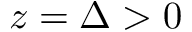
z = \Delta > 0